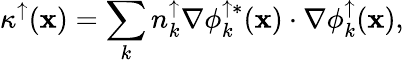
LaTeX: \kappa^{\uparrow}({\mathbf x})=\sum_{k}{n_{k}^{\uparrow}\nabla\phi_{k}^{\uparrow*}({\mathbf x})\cdot\nabla\phi_{k}^{\uparrow}({\mathbf x})},